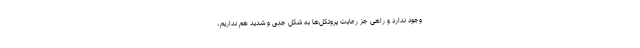
وجود ندارد و راهی جز رعایت پروتکل‌ها به شکل جدی و شدید هم نداریم،